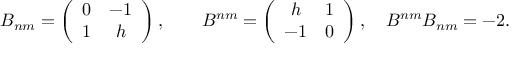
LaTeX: B _ { n m } = \left( \begin{array} { c c } { { 0 } } & { { - 1 } } \\ { { 1 } } & { { h } } \end{array} \right) , \qquad B ^ { n m } = \left( \begin{array} { c c } { { h } } & { { 1 } } \\ { { - 1 } } & { { 0 } } \end{array} \right) , \quad B ^ { n m } B _ { n m } = - 2 .